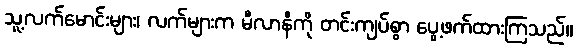
သူ့လက်မောင်းများ၊ လက်များက မီလာနီကို တင်းကျပ်စွာ ပွေ့ဖက်ထားကြသည်။